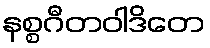
နစ္စဂီတဝါဒိတေ